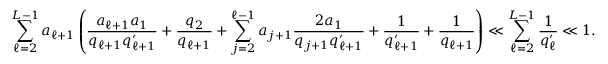
\sum _ { \ell = 2 } ^ { L - 1 } a _ { \ell + 1 } \left( \frac { a _ { \ell + 1 } a _ { 1 } } { q _ { \ell + 1 } q _ { \ell + 1 } ^ { \prime } } + \frac { q _ { 2 } } { q _ { \ell + 1 } } + \sum _ { j = 2 } ^ { \ell - 1 } a _ { j + 1 } \frac { 2 a _ { 1 } } { q _ { j + 1 } q _ { \ell + 1 } ^ { \prime } } + \frac { 1 } { q _ { \ell + 1 } ^ { \prime } } + \frac { 1 } { q _ { \ell + 1 } } \right) \ll \sum _ { \ell = 2 } ^ { L - 1 } \frac { 1 } { q _ { \ell } ^ { \prime } } \ll 1 .